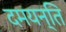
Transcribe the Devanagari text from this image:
दमयन्ति